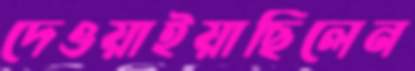
দেওয়াইয়াছিলেন